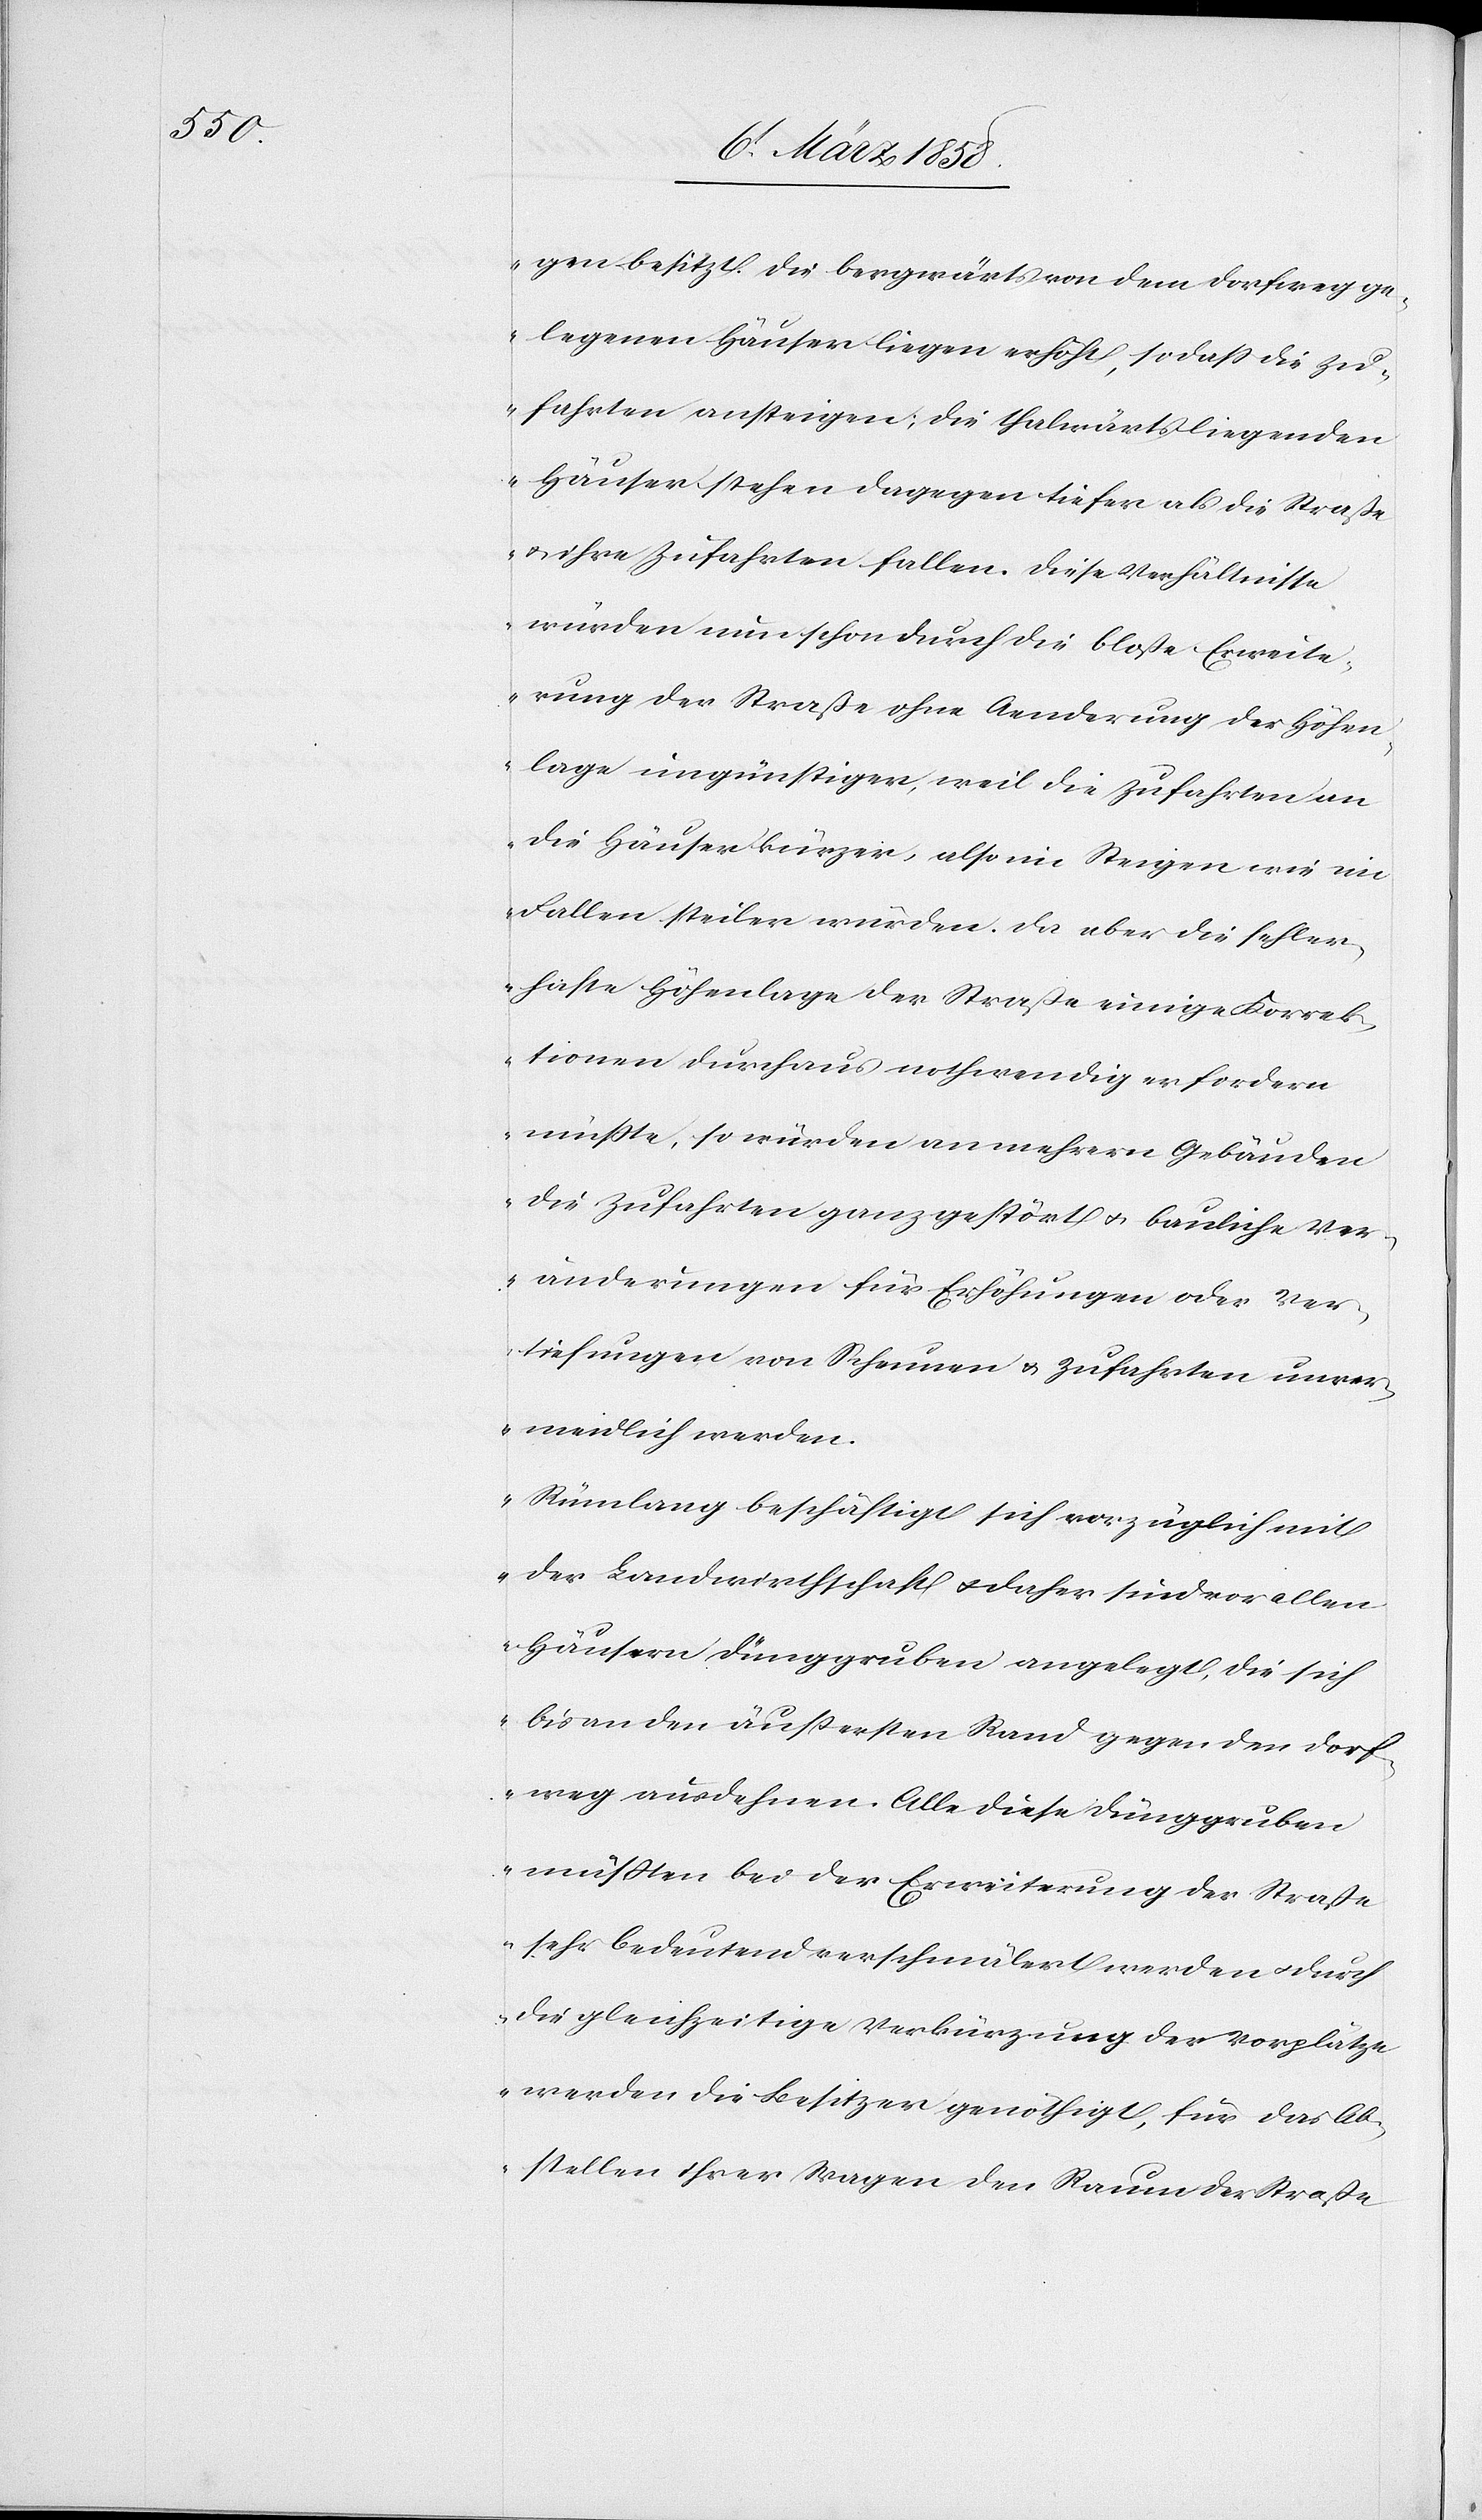
gen besitzt. Die bergwärts von dem Dorfweg ge¬
legenen Häuser liegen erhöht, so daß die Zu¬
fahrten ansteigen, die fahrwärtsliegenen
Häuser stehen dagegen tiefer als die Straße
u. ihre Zufahrten fallen. Diese Verhältnisse
würden nun schon durch die bloße Erweite¬
rung der Straße ohne Aenderung der Höhen¬
lagen ungünstiger, weil die Zufahrten an
die Häuser kürzer, also im Steigen wie im
Fallen steiler würden. Da aber die fehler¬
hafte Höhenlage der Straße einige Korrek¬
tionen durchaus nothwendig erfordern
müßte, so würden an mehrern Gebäuden
die Zufahrten ganz gestört u. bauliche Ver¬
änderungen für Erhöhungen oder Ver¬
tiefungen von Scheunen u. Zufahrten unver¬
meidlich werden.
Rümlang beschäftigt sich vorzüglich mit
der Landwirthschaft u. daher sind vor allen
Häusern Dünggruben angelegt, die sich
bis an den äußersten Rand gegen den Dorf¬
weg ausdehnen. Alle diese Dünggruben
müßten bei der Erweiterung der Straße
sehr bedeutend verschmälert werden u. durch
die gleichzeitige Verkürzung der Vorplätze
werden die Besitzer genöthigt, für das Ab¬
stellen ihrer Wagen den Raum der Straße